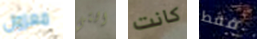
معزول التي كانت فقط